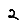
Digit: 2